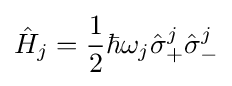
{\hat {H}}_{j}={\frac {1}{2}}\hbar \omega _{j}{\hat {\sigma }}_{+}^{j}{\hat {\sigma }}_{-}^{j}